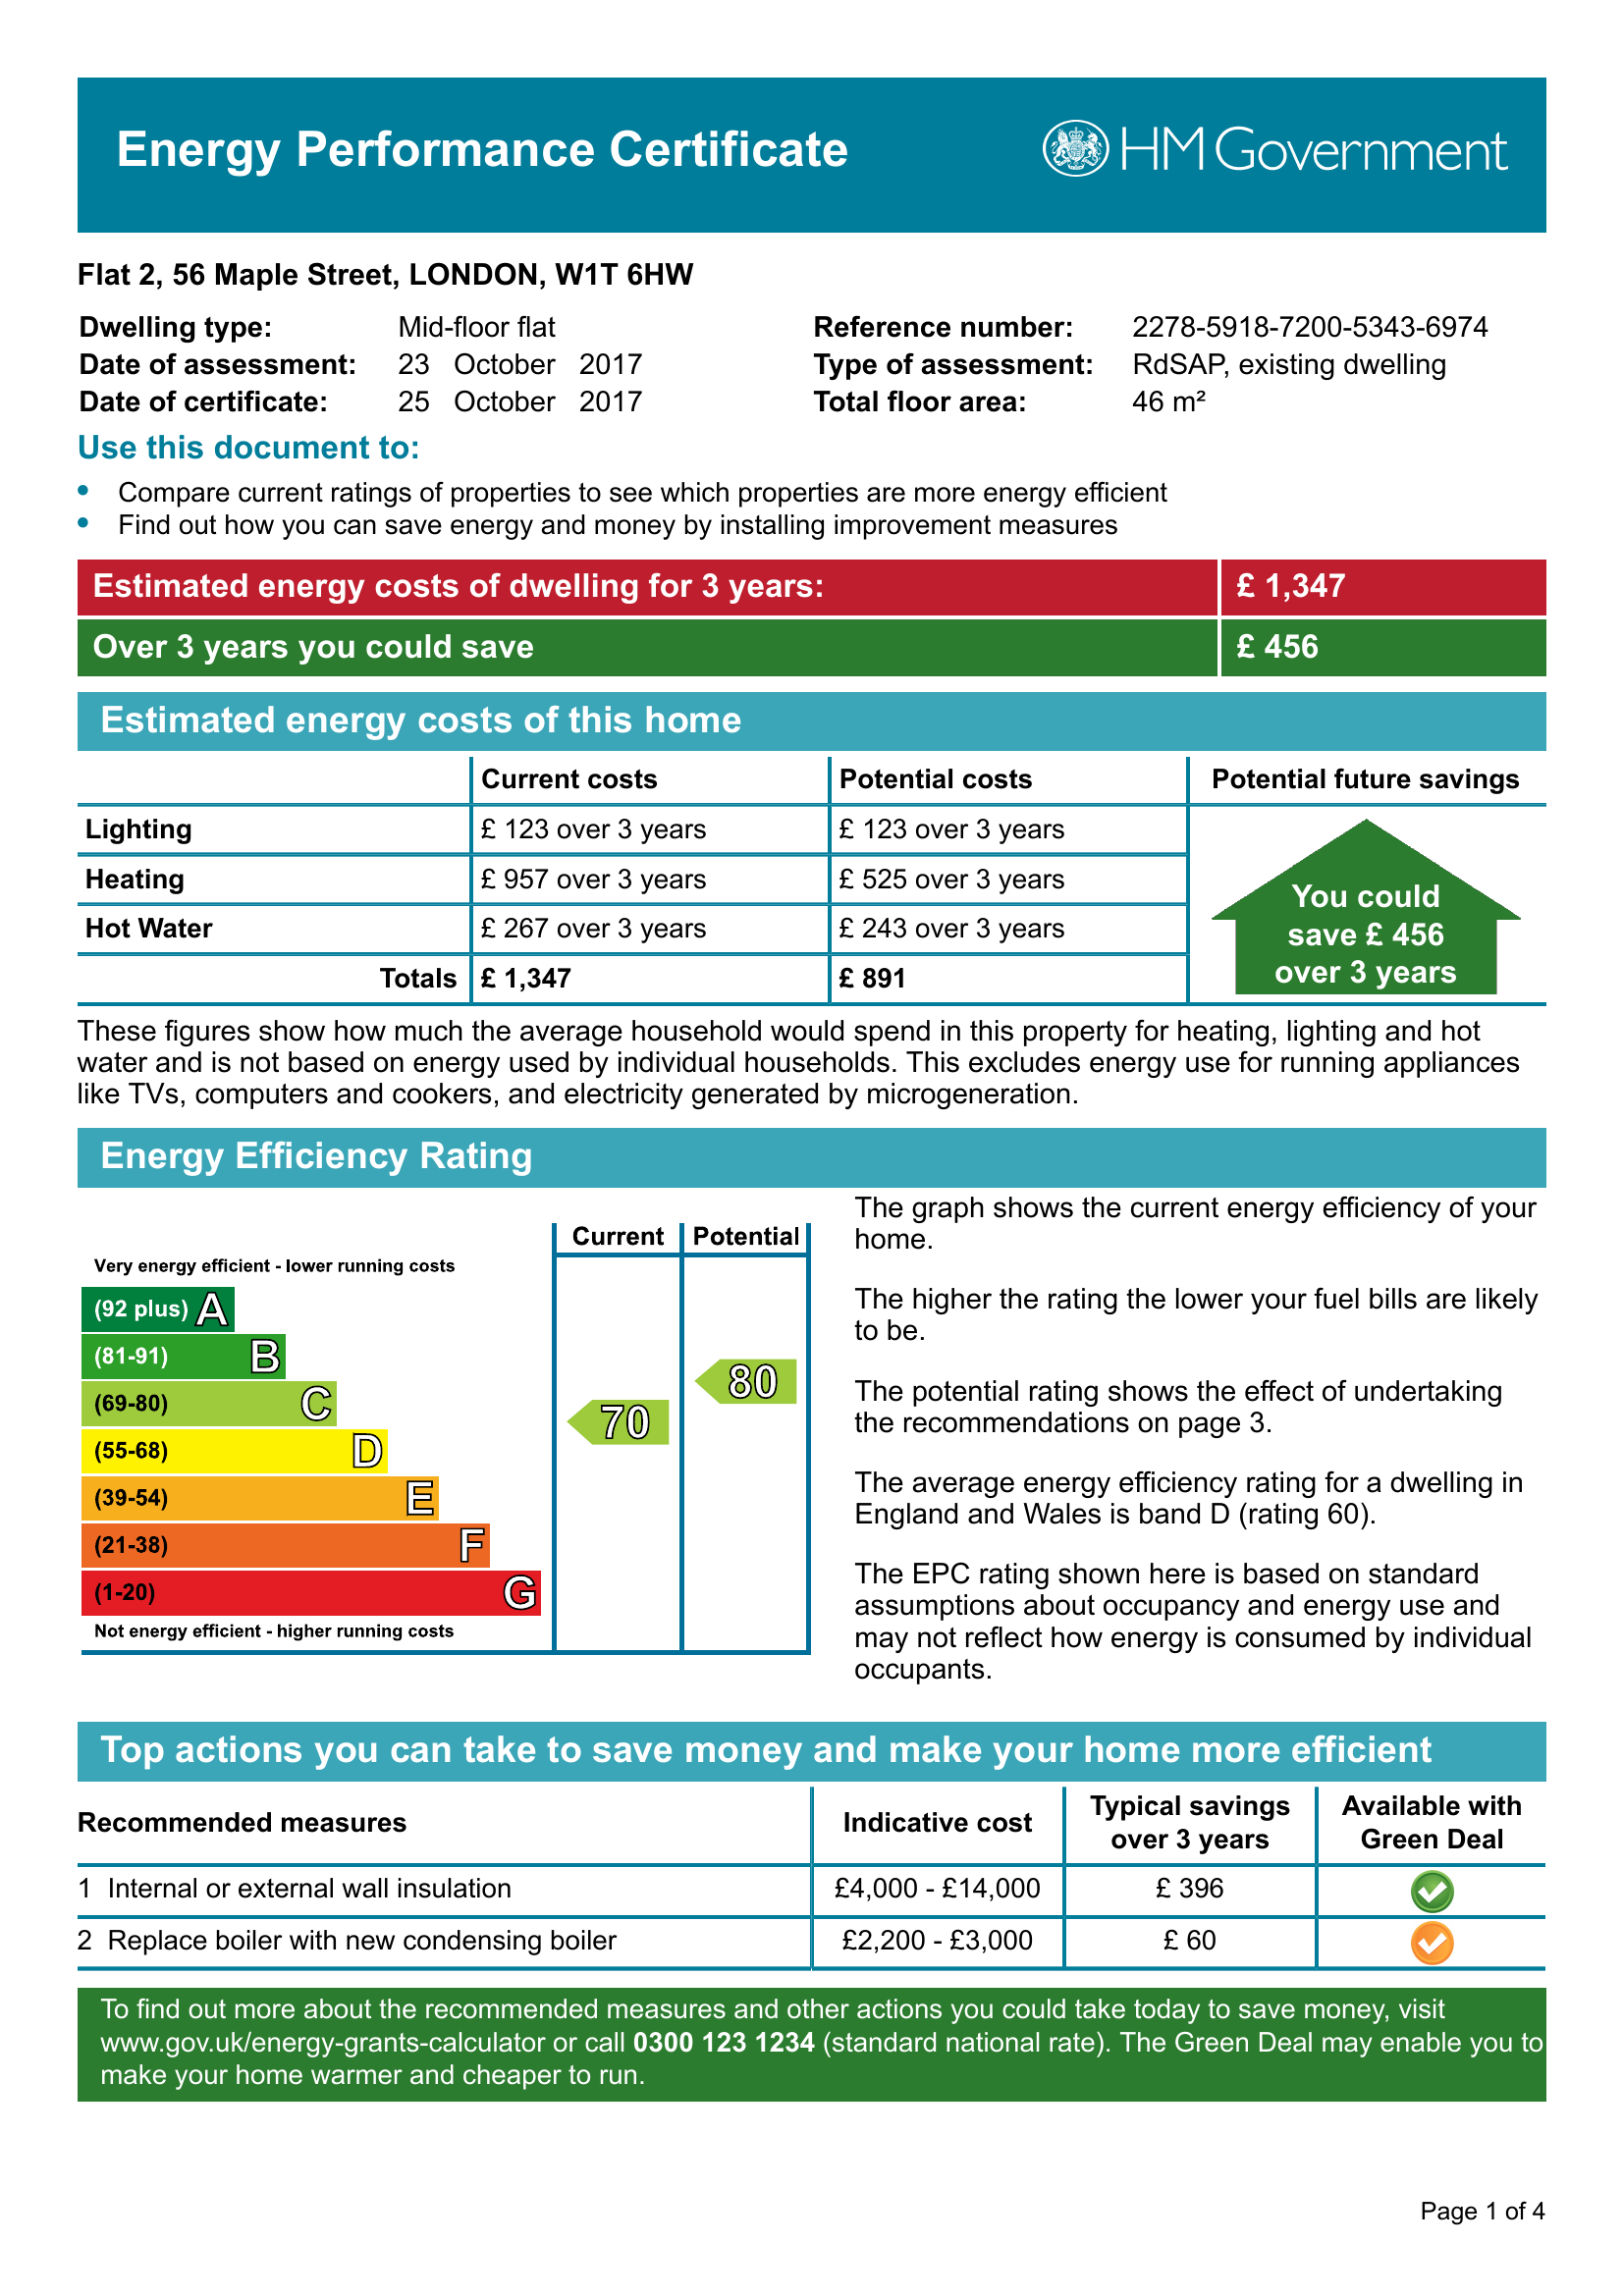
Current energy efficiency rating: C (score 70)
Potential energy efficiency rating: C (score 80)